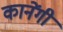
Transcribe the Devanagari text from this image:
कानेंगी